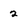
Character: 2